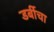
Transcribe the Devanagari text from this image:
डर्बीचा